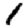
Digit: 1